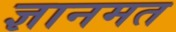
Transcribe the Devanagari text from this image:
ज्ञानमत